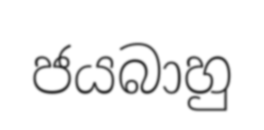
ජයබාහු